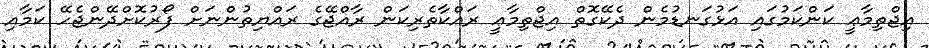
އިޖްތިމާޢީ ކަންކަމުގައި އަޅުގަނޑުމެން ދެކޭގޮތް އިޖްތިމާޢީ ރައްކާތެރިކަން ރާއްޖޭގެ ރައްޔިތުންނަށް ފޯރުކޮށްދޭންޖެހޭ ކަމާއި